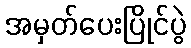
အမှတ်ပေးပြိုင်ပွဲ